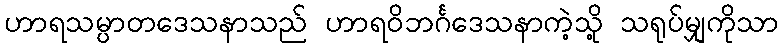
ဟာရသမ္ပာတဒေသနာသည် ဟာရဝိဘင်္ဂဒေသနာကဲ့သို့ သရုပ်မျှကိုသာ